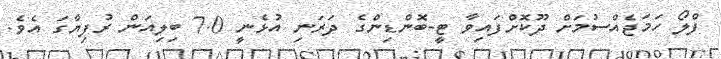
ފްލޯ ހަމަޖެއްސުމަށް ދޫކޮށްފައިވާ ޓީ-ބޮންޑިންގެ ދަރަނި އުޅެނީ 7.0 ބިލިއަން ރުފިޔާގަ އެވެ.